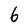
Character: 6